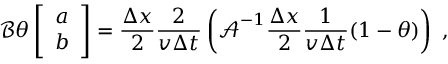
\boldsymbol { \mathcal { B } } \theta \left[ \begin{array} { l } { a } \\ { b } \end{array} \right] = \frac { \Delta x } { 2 } \frac { 2 } { v \Delta t } \left( \boldsymbol { \mathcal { A } } ^ { - 1 } \frac { \Delta x } { 2 } \frac { 1 } { v \Delta t } ( 1 - \theta ) \right) \; ,